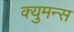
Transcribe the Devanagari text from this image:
क्युमन्स